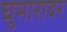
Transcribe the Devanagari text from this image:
घुमारावर